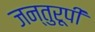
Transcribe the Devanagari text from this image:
जन्तुरूपी